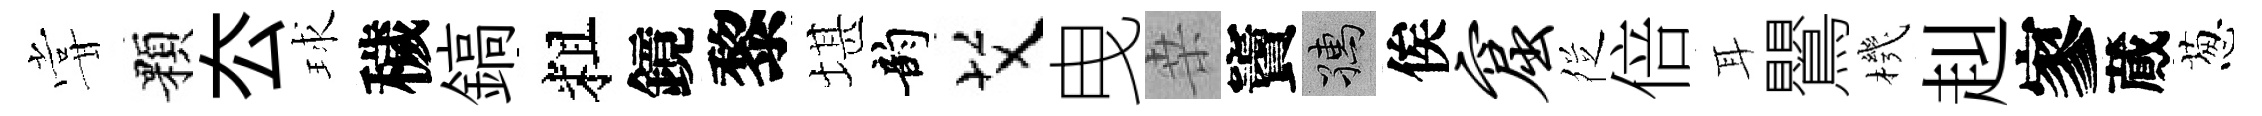
甞顆厺球穢鎬粗鏡黎堪韵艾曳桒竇孺俟窟徔倍耳鸎機赳寥蕆葱